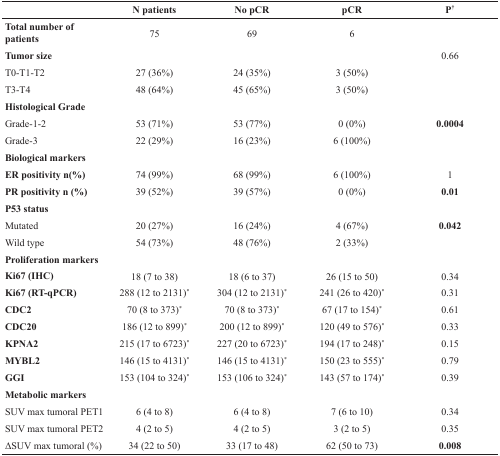
<table><thead><tr><td></td><td><b>N patients</b></td><td><b>No pCR</b></td><td><b>pCR</b></td><td><b>P<sup>†</sup></b></td></tr></thead><tbody><tr><td><b>Total number of patients</b></td><td>75</td><td>69</td><td>6</td><td></td></tr><tr><td><b>Tumor size</b></td><td></td><td></td><td></td><td>0.66</td></tr><tr><td>T0-T1-T2</td><td>27 (36%)</td><td>24 (35%)</td><td>3 (50%)</td><td></td></tr><tr><td>T3-T4</td><td>48 (64%)</td><td>45 (65%)</td><td>3 (50%)</td><td></td></tr><tr><td><b>Histological Grade</b></td><td></td><td></td><td></td><td></td></tr><tr><td>Grade-1-2</td><td>53 (71%)</td><td>53 (77%)</td><td>0 (0%)</td><td><b>0.0004</b></td></tr><tr><td>Grade-3</td><td>22 (29%)</td><td>16 (23%)</td><td>6 (100%)</td><td></td></tr><tr><td><b>Biological markers</b></td><td></td><td></td><td></td><td></td></tr><tr><td><b>ER positivity n(%)</b></td><td>74 (99%)</td><td>68 (99%)</td><td>6 (100%)</td><td>1</td></tr><tr><td><b>PR positivity n (%)</b></td><td>39 (52%)</td><td>39 (57%)</td><td>0 (0%)</td><td><b>0.01</b></td></tr><tr><td><b>P53 status</b></td><td></td><td></td><td></td><td></td></tr><tr><td>Mutated</td><td>20 (27%)</td><td>16 (24%)</td><td>4 (67%)</td><td><b>0.042</b></td></tr><tr><td>Wild type</td><td>54 (73%)</td><td>48 (76%)</td><td>2 (33%)</td><td></td></tr><tr><td><b>Proliferation markers</b></td><td></td><td></td><td></td><td></td></tr><tr><td><b>Ki67 (IHC)</b></td><td>18 (7 to 38)</td><td>18 (6 to 37)</td><td>26 (15 to 50)</td><td>0.34</td></tr><tr><td><b>Ki67 (RT-qPCR)</b></td><td>288 (12 to 2131)<sup>*</sup></td><td>304 (12 to 2131)<sup>*</sup></td><td>241 (26 to 420)<sup>*</sup></td><td>0.31</td></tr><tr><td><b>CDC2</b></td><td>70 (8 to 373)<sup>*</sup></td><td>70 (8 to 373)<sup>*</sup></td><td>67 (17 to 154)<sup>*</sup></td><td>0.61</td></tr><tr><td><b>CDC20</b></td><td>186 (12 to 899)<sup>*</sup></td><td>200 (12 to 899)<sup>*</sup></td><td>120 (49 to 576)<sup>*</sup></td><td>0.33</td></tr><tr><td><b>KPNA2</b></td><td>215 (17 to 6723)<sup>*</sup></td><td>227 (20 to 6723)<sup>*</sup></td><td>194 (17 to 248)<sup>*</sup></td><td>0.15</td></tr><tr><td><b>MYBL2</b></td><td>146 (15 to 4131)<sup>*</sup></td><td>146 (15 to 4131)<sup>*</sup></td><td>150 (23 to 555)<sup>*</sup></td><td>0.79</td></tr><tr><td><b>GGI</b></td><td>153 (104 to 324)<sup>*</sup></td><td>153 (106 to 324)<sup>*</sup></td><td>143 (57 to 174)<sup>*</sup></td><td>0.39</td></tr><tr><td><b>Metabolic markers</b></td><td></td><td></td><td></td><td></td></tr><tr><td>SUV max tumoral PET1</td><td>6 (4 to 8)</td><td>6 (4 to 8)</td><td>7 (6 to 10)</td><td>0.34</td></tr><tr><td>SUV max tumoral PET2</td><td>4 (2 to 5)</td><td>4 (2 to 5)</td><td>3 (2 to 5)</td><td>0.35</td></tr><tr><td>ΔSUV max tumoral (%)</td><td>34 (22 to 50)</td><td>33 (17 to 48)</td><td>62 (50 to 73)</td><td><b>0.008</b></td></tr></tbody></table>